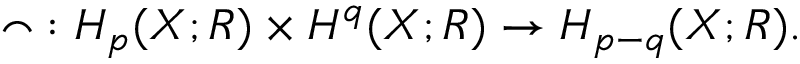
\frown \; : H _ { p } ( X ; R ) \times H ^ { q } ( X ; R ) \rightarrow H _ { p - q } ( X ; R ) .